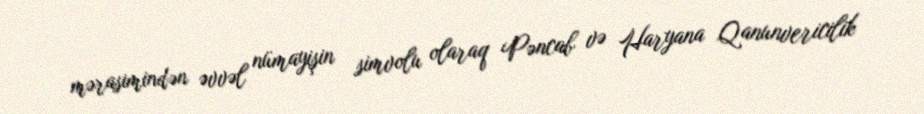
mərasimindən əvvəl nümayişin simvolu olaraq Pəncab və Haryana Qanunvericilik